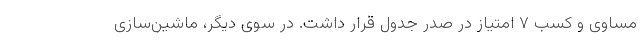
مساوی و کسب ۷ امتیاز در صدر جدول قرار داشت. در سوی دیگر، ماشین‌سازی